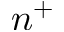
n ^ { + }